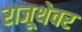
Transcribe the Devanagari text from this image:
राजूथेवर